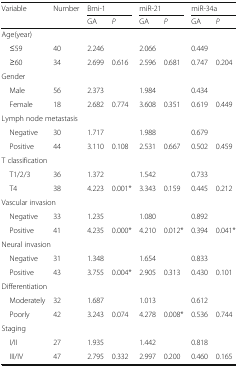
| <ROWSPAN=2> Variable | <ROWSPAN=2> Number | <COLSPAN=2> Bmi-1 | <COLSPAN=2> miR-21 | <COLSPAN=2> miR-34a |
 | GA | P | GA | P | GA | P |
 | --- | --- | --- | --- | --- | --- | --- | --- |
 | <COLSPAN=8> Age(year) |
 | ≤59 | 40 | 2.246 |  | 2.066 |  | 0.449 |  |
 | ≥60 | 34 | 2.699 | 0.616 | 2.596 | 0.681 | 0.747 | 0.204 |
 | <COLSPAN=8> Gender |
 | Male | 56 | 2.373 |  | 1.984 |  | 0.434 |  |
 | Female | 18 | 2.682 | 0.774 | 3.608 | 0.351 | 0.619 | 0.449 |
 | <COLSPAN=8> Lymph node metastasis |
 | Negative | 30 | 1.717 |  | 1.988 |  | 0.679 |  |
 | Positive | 44 | 3.110 | 0.108 | 2.531 | 0.667 | 0.502 | 0.459 |
 | <COLSPAN=8> T classification |
 | T1/2/3 | 36 | 1.372 |  | 1.542 |  | 0.733 |  |
 | T4 | 38 | 4.223 | 0.001* | 3.343 | 0.159 | 0.445 | 0.212 |
 | <COLSPAN=8> Vascular invasion |
 | Negative | 33 | 1.235 |  | 1.080 |  | 0.892 |  |
 | Positive | 41 | 4.235 | 0.000* | 4.210 | 0.012* | 0.394 | 0.041* |
 | <COLSPAN=8> Neural invasion |
 | Negative | 31 | 1.348 |  | 1.654 |  | 0.833 |  |
 | Positive | 43 | 3.755 | 0.004* | 2.905 | 0.313 | 0.430 | 0.101 |
 | <COLSPAN=8> Differentiation |
 | Moderately | 32 | 1.687 |  | 1.013 |  | 0.612 |  |
 | Poorly | 42 | 3.243 | 0.074 | 4.278 | 0.008* | 0.536 | 0.744 |
 | <COLSPAN=8> Staging |
 | I/II | 27 | 1.935 |  | 1.442 |  | 0.818 |  |
 | III/IV | 47 | 2.795 | 0.332 | 2.997 | 0.200 | 0.460 | 0.165 |